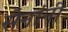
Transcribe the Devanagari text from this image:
सेनांनी